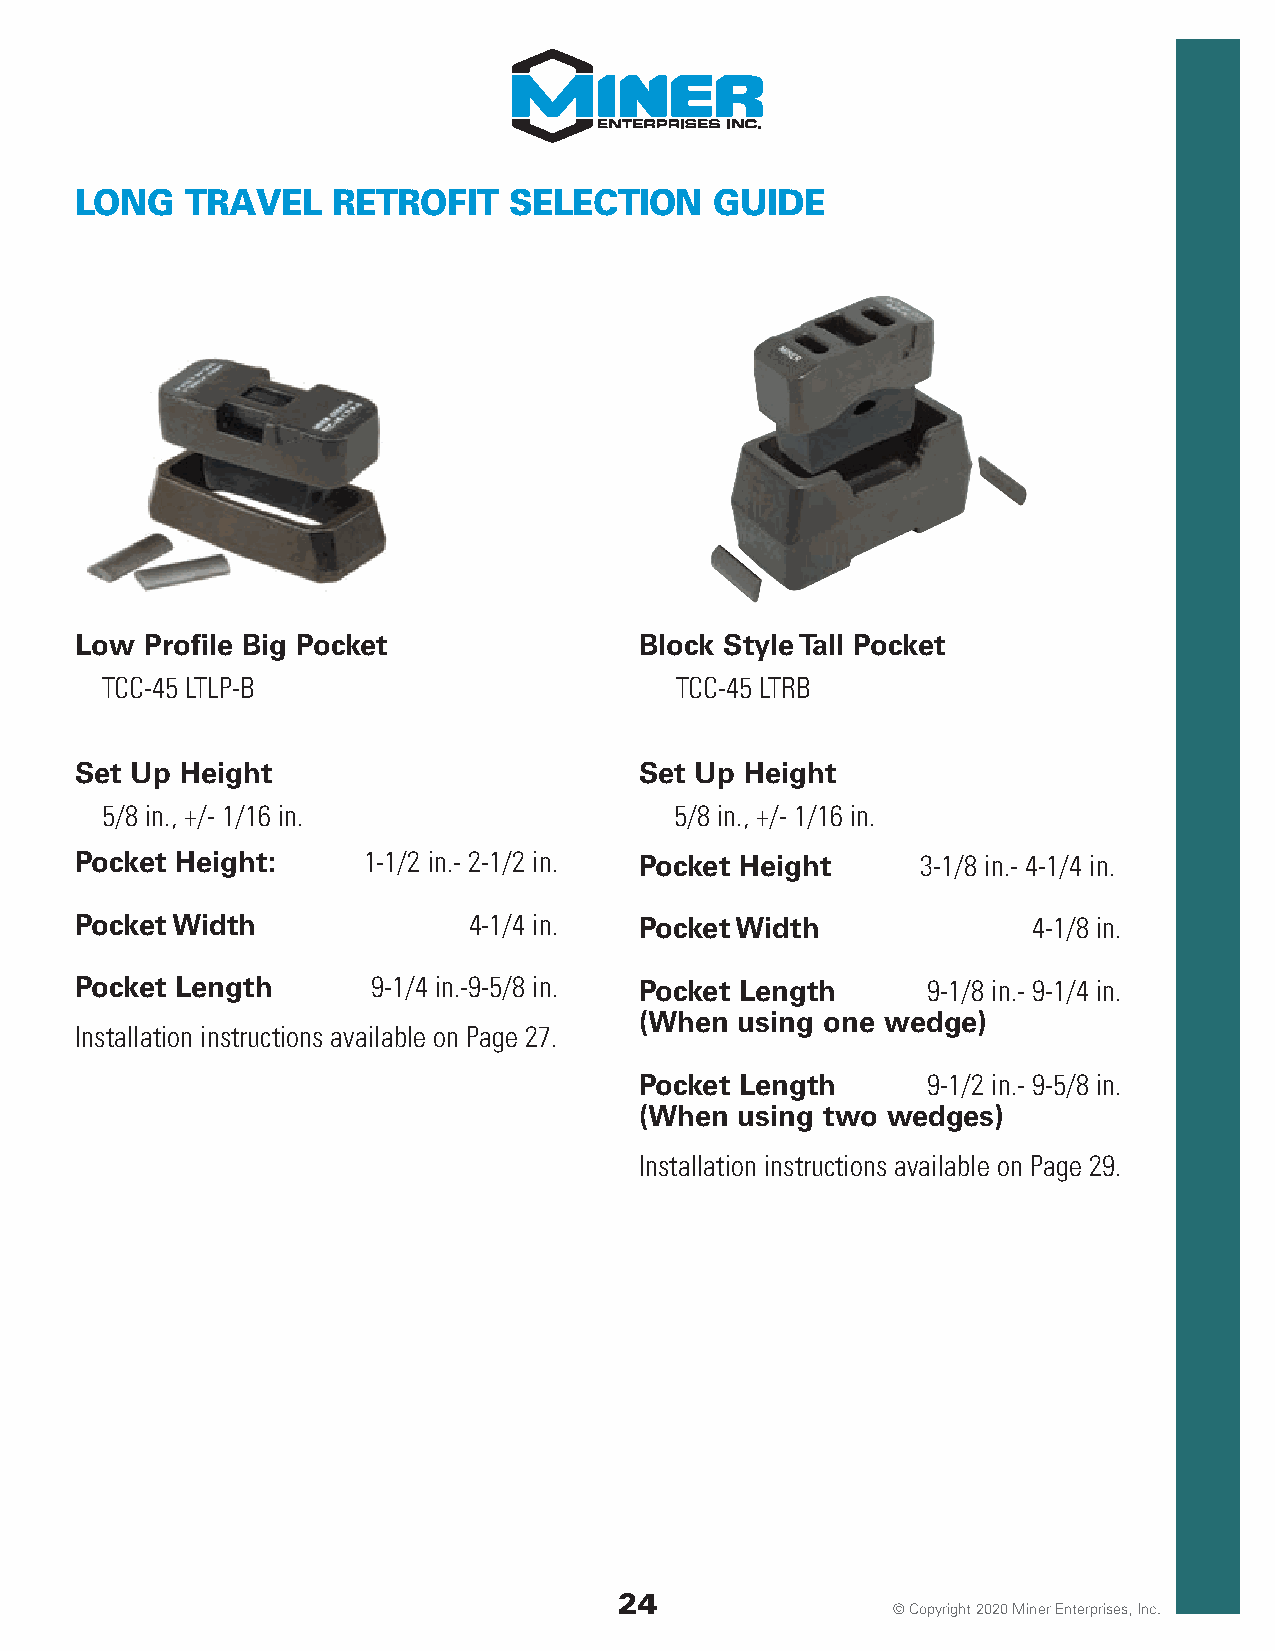
LONG   TRAVEL    RETROFIT    SELECTION    GUIDE
 Low  Profile Big Pocket              Block Style Tall Pocket
 TCC-45 LTLP-B                         TCC-45 LTRB
 Set Up Height                        Set Up Height
 5/8 in., +/- 1/16 in.                 5/8 in., +/- 1/16 in.
 Pocket Height:     1-1/2 in.- 2-1/2 in. Pocket Height   3-1/8 in.- 4-1/4 in.
 Pocket Width              4-1/4 in.  Pocket Width              4-1/8 in.
 Pocket Length       9-1/4 in.-9-5/8 in. Pocket Length   9-1/8 in.- 9-1/4 in.
 (When  using one wedge)
 Installation instructions available on Page 27.
 Pocket Length      9-1/2 in.- 9-5/8 in.
 (When  using two wedges)
 Installation instructions available on Page 29.
 24
 © Copyright 2020 Miner Enterprises, Inc.